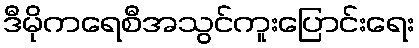
ဒီမိုကရေစီအသွင်ကူးပြောင်းရေး